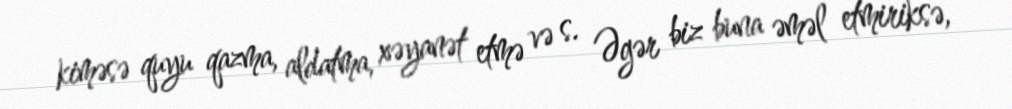
kiməsə quyu qazma, aldatma, xəyanət etmə və s. Əgər biz buna əməl etmiriksə,